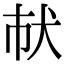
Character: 𤜲